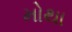
મોથા